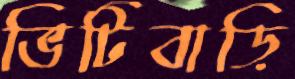
ভিটিবাড়ি